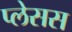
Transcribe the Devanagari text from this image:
प्लेसस